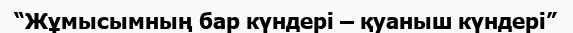
“Жұмысымның бар күндері – қуаныш күндері”